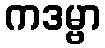
ကဒမ္ဗာ